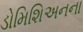
ડોમિશિઅનના